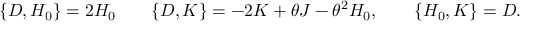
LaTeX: \{ { \cal D } , { \cal H } _ { 0 } \} = 2 { \cal H } _ { 0 } \qquad \{ { \cal D } , { \cal K } \} = - 2 { \cal K } + \theta { \cal J } - \theta ^ { 2 } { \cal H } _ { 0 } , \qquad \{ { \cal H } _ { 0 } , { \cal K } \} = { \cal D } .